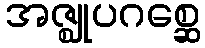
အဇ္ဈုပဂစ္ဆေ